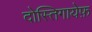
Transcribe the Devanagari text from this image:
दोस्तिगायेफ़